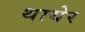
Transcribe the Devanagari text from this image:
थायेर